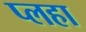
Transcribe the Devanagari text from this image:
प्लहा